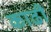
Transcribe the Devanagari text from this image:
काढी